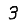
Digit: 3